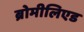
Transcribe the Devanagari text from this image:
ब्रोमीलिएड